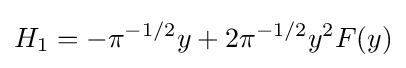
H_{1}=-\pi ^{-1/2}y+2\pi ^{-1/2}y^{2}F(y)